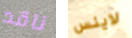
ناقد لاينس